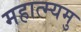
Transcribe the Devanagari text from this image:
महात्म्यमु